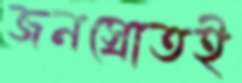
জনস্রোতই